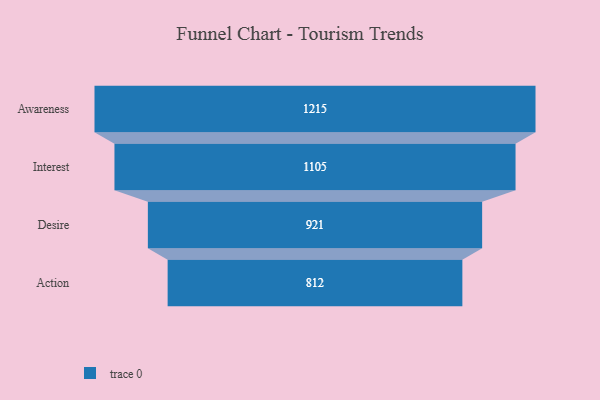
{"axis": {"x": "Stage", "y": "Value"}, "legend": [""], "data": [{"x": "Awareness", "y": 1215.0, "type": ""}, {"x": "Interest", "y": 1105.0, "type": ""}, {"x": "Desire", "y": 921.0, "type": ""}, {"x": "Action", "y": 812.0, "type": ""}]}